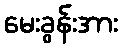
မေးခွန်းအား